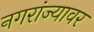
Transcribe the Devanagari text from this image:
नगरांज्यावर